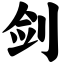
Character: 剑